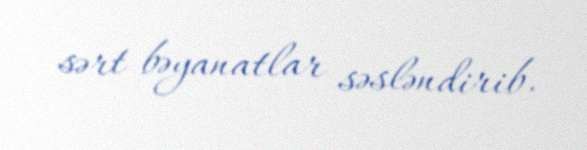
sərt bəyanatlar səsləndirib.